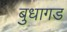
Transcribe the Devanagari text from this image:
बुधागड